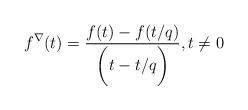
LaTeX: \begin{align*} f^\nabla (t) =\frac{ f(t) - f(t/q)}{\biggl(t-t/q\biggr)}, t\neq0\end{align*}